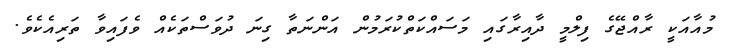
މުުުއާއަކީ ރާއްޖޭގެ ފިލްމީ ދާއިރާގައި މަސައްކަތްކުރަމުން އަންނަތާ ގިނަ ދުވަސްތަކެއް ވެފައިވާ ތަރިއެކެވެ.